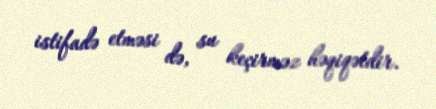
istifadə etməsi də, su keçirməz həqiqətdir.